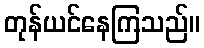
တုန်ယင်နေကြသည်။